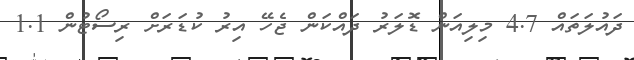
ދައުލަތައް 4.7 މިލިއަން ޑޮލަރު ދައްކަން ޖެހޭ އިރު ކުޑަރަށް ރިސޯޓުން 1.1